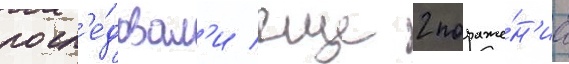
посл'е́довал'и еще 2 пораже́н'иа